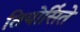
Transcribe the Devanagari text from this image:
तियोसिंते